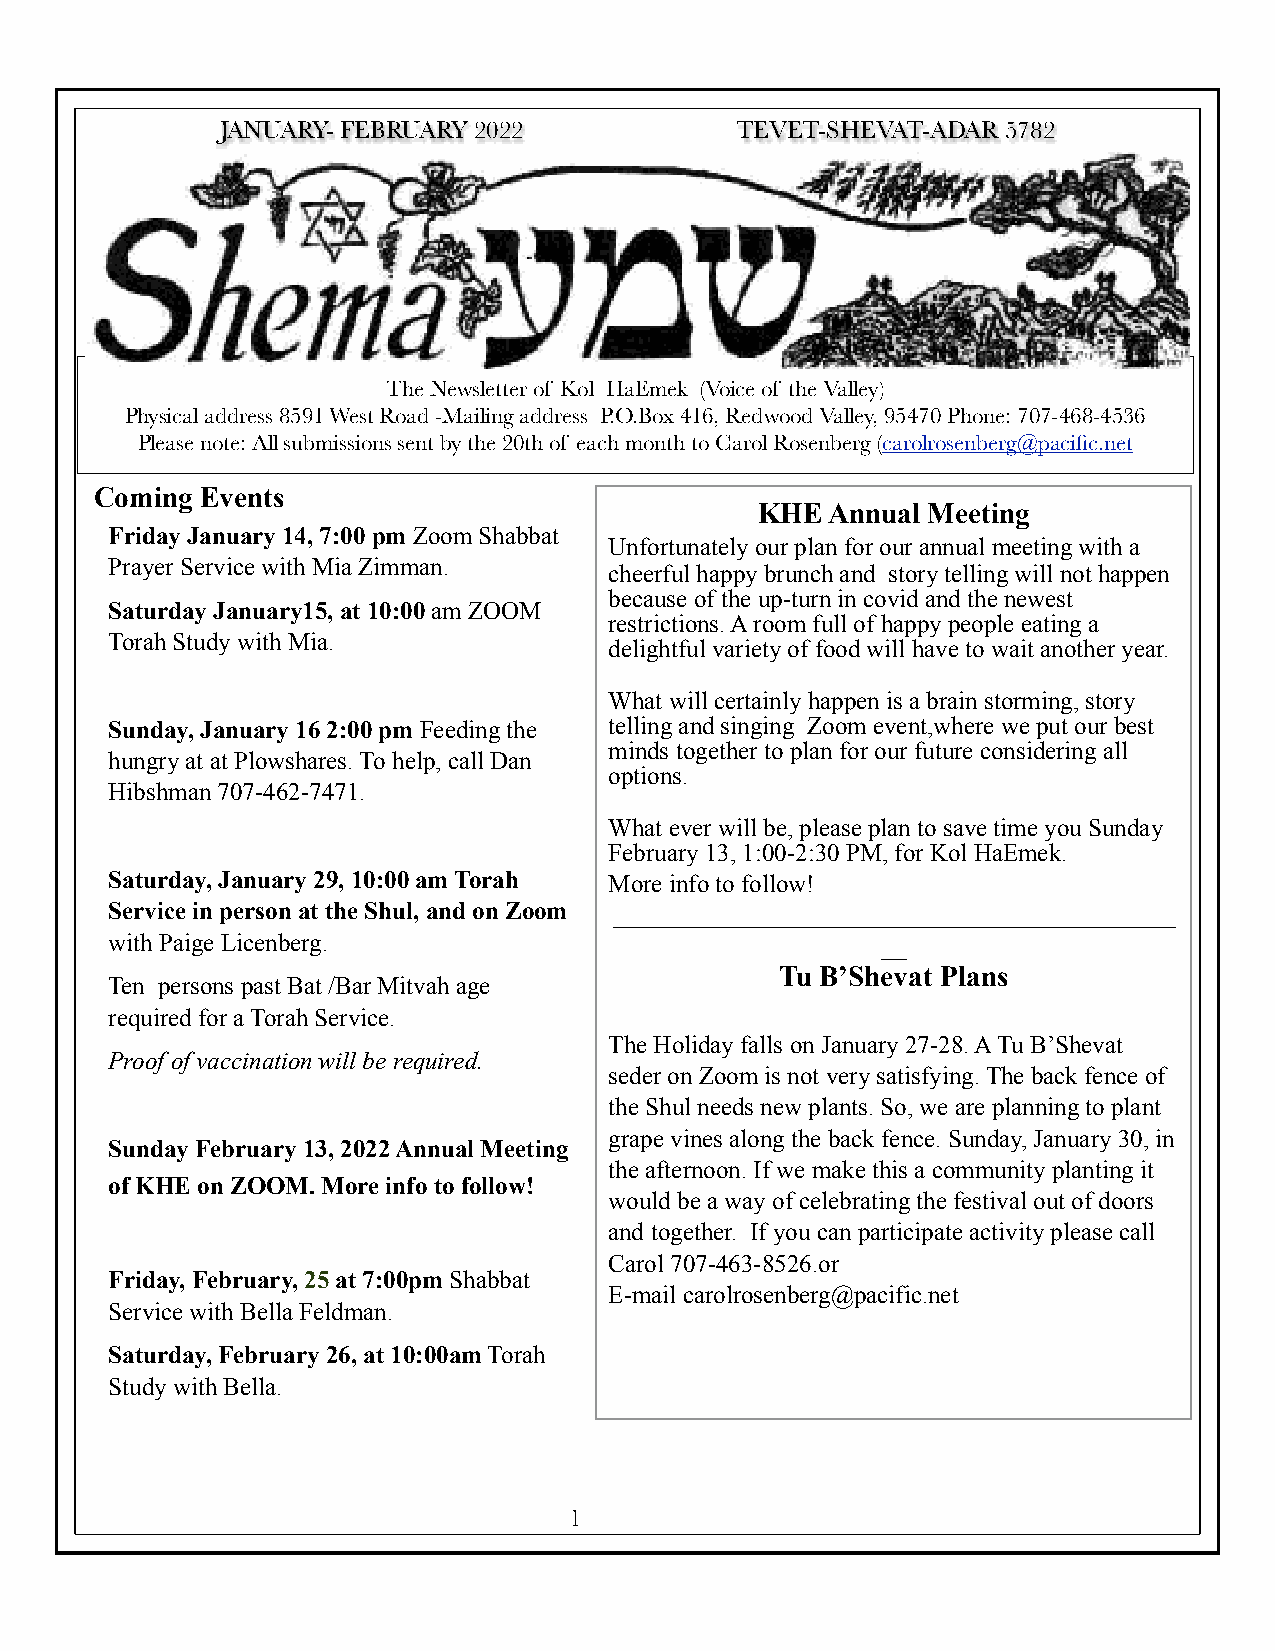
JANUARY- FEBRUARY 2022            TEVET-SHEVAT-ADAR 5782
 The Newsletter of Kol HaEmek (Voice of the Valley)
 Physical address 8591 West Road -Mailing address P.O.Box 416, Redwood Valley, 95470 Phone: 707-468-4536
 Please note: All submissions sent by the 20th of each month to Carol Rosenberg (carolrosenberg@pacific.net
 Coming Events
 KHE  Annual Meeting
 Friday January 14, 7:00 pm Zoom Shabbat
 Unfortunately our plan for our annual meeting with a
 Prayer Service with Mia Zimman.  cheerful happy brunch and story telling will not happen
 because of the up-turn in covid and the newest
 Saturday January15, at 10:00 am ZOOM
 restrictions. A room full of happy people eating a
 Torah Study with Mia.            delightful variety of food will have to wait another year.
 What will certainly happen is a brain storming, story
 Sunday, January 16 2:00 pm Feeding the telling and singing Zoom event,where we put our best
 minds together to plan for our future considering all
 hungry at at Plowshares. To help, call Dan
 options.
 Hibshman 707-462-7471.
 What ever will be, please plan to save time you Sunday
 February 13, 1:00-2:30 PM, for Kol HaEmek.
 Saturday, January 29, 10:00 am Torah More info to follow!
 Service in person at the Shul, and on Zoom _____________________________________________
 with Paige Licenberg.                              __
 Tu B’Shevat Plans
 Ten persons past Bat /Bar Mitvah age
 required for a Torah Service.
 The Holiday falls on January 27-28. A Tu B’Shevat
 Proof of vaccination will be required.
 seder on Zoom is not very satisfying. The back fence of
 the Shul needs new plants. So, we are planning to plant
 grape vines along the back fence. Sunday, January 30, in
 Sunday February 13, 2022 Annual Meeting
 the afternoon. If we make this a community planting it
 of KHE on ZOOM. More info to follow!
 would be a way of celebrating the festival out of doors
 and together. If you can participate activity please call
 Carol 707-463-8526.or
 Friday, February, 25 at 7:00pm Shabbat
 E-mail carolrosenberg@pacific.net
 Service with Bella Feldman.
 Saturday, February 26, at 10:00am Torah
 Study with Bella.
 1